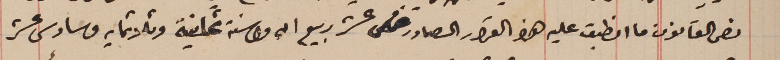
نص القانون ما انطبق عليه هذا القرار الصادر خامس عشر ربيع اول سنة ثمانية وثلاثمايه وسادس عشر